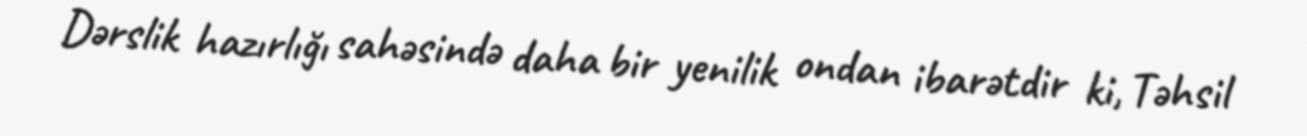
Dərslik hazırlığı sahəsində daha bir yenilik ondan ibarətdir ki, Təhsil